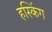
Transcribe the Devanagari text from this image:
हस्किंग